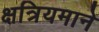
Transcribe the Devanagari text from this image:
क्षत्रियमाने